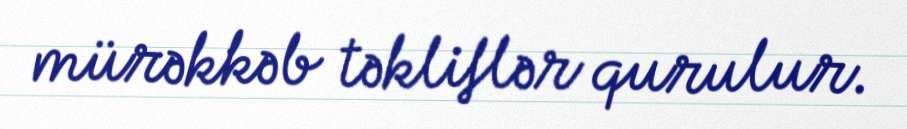
mürəkkəb təkliflər qurulur.